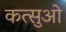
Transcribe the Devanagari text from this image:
कत्सुओ